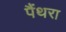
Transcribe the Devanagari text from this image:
पैंथरा